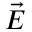
\vec { E }